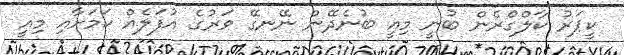
ކީޕަރު ކާލްގްރެން ބުނީ މިއީ ބުނެދޭން ނޭނގޭ ވަރުގެ އުފަލެއް ކަމަށާއި މިއީ